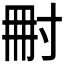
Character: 𡬬